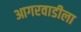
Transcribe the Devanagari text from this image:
आगरवाडीला